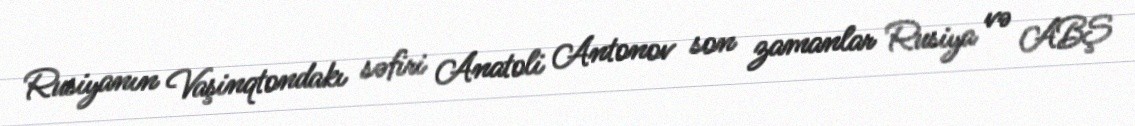
Rusiyanın Vaşinqtondakı səfiri Anatoli Antonov son zamanlar Rusiya və ABŞ